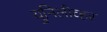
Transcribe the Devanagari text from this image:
युनिलीव्हर